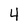
Character: 4